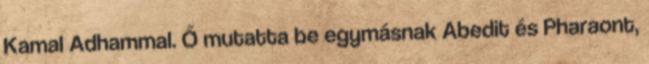
Kamal Adhammal. Ő mutatta be egymásnak Abedit és Pharaont,